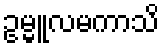
ဥမ္မူလမကာသိ